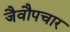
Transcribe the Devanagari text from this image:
जैवौपचार